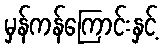
မှန်ကန်ကြောင်းနှင့်